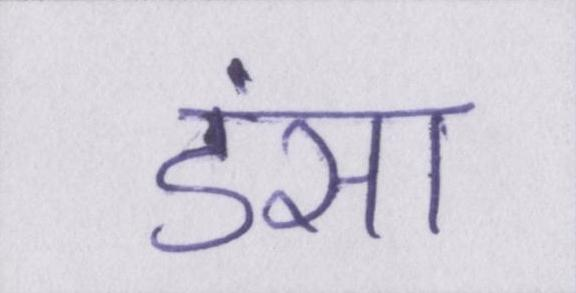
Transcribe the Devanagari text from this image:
डंसा